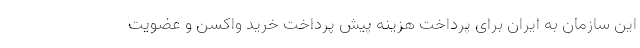
این سازمان به ایران برای پرداخت هزینه پیش پرداخت خرید واکسن و عضویت